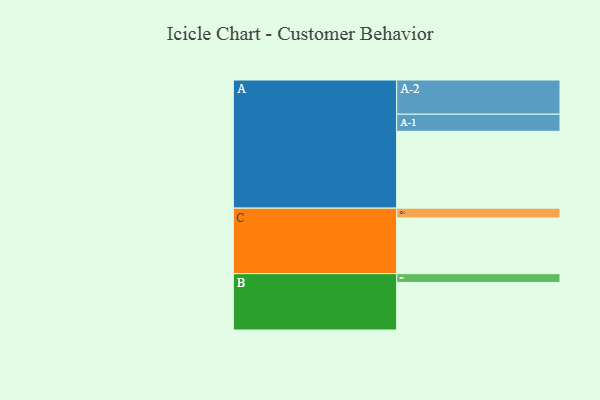
{"axis": {"x": "Segment", "y": "Value"}, "legend": ["", "A", "B", "C"], "data": [{"x": "A", "y": 562, "type": ""}, {"x": "B", "y": 348, "type": ""}, {"x": "C", "y": 407, "type": ""}, {"x": "A-1", "y": 125, "type": "A"}, {"x": "A-2", "y": 250, "type": "A"}, {"x": "B-1", "y": 64, "type": "B"}, {"x": "C-1", "y": 72, "type": "C"}]}